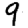
Digit: 9